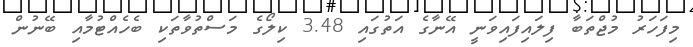
މިފަހަރު މުޖްތަބާ ފިލައިފައިވަނީ އޭނާގެ އަތުގައި 3.48 ކިލޯގެ މަސްތުވާތަކި ބެހެއްޓުމާއި ބޭނުން